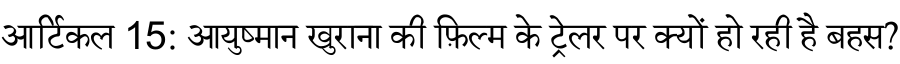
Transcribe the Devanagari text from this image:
आर्टिकल 15: आयुष्मान खुराना की फ़िल्म के ट्रेलर पर क्यों हो रही है बहस?